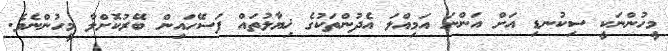
މީހުންނަކީ ސިކުނޑި އަށް އަންނަ އަމިއްލަ އެދުންތަކުގެ ޚިޔާލުތައް ފަސޭހައިން ބޭރުކޮށްލާ މީހުންނެވެ.